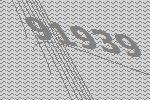
91939